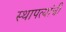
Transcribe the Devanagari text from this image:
स्थापत्यांची